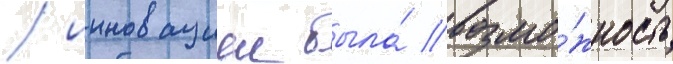
/ инновациеи была́ возмо́жность